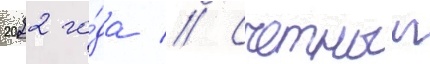
2022 го́да // Счетныи